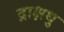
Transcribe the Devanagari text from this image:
द्राक्षधु